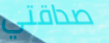
صداقتي